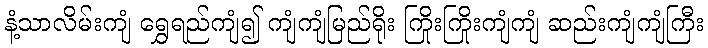
နံ့သာလိမ်းကျံ ရွှေရည်ကျံ၍ ကျံကျံမြည်ရိုး ကြိုးကြိုးကျံကျံ ဆည်းကျံကျံကြီး